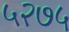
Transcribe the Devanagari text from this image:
५२७५